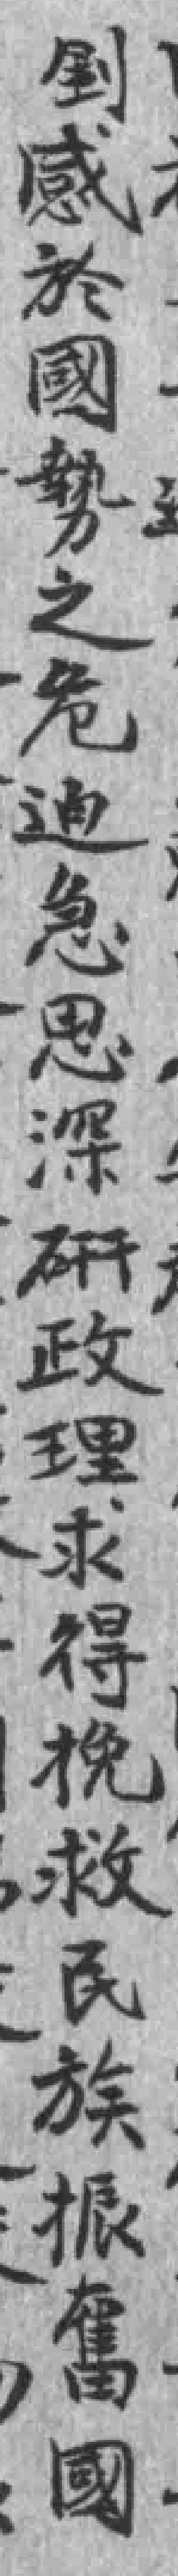
釗感於國勢之危迫急思深硏政理求得挽救民族振奮國